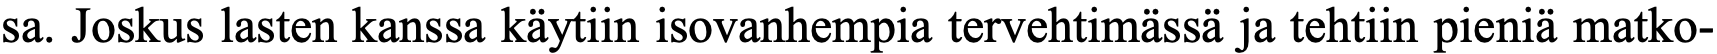
sa. Joskus lasten kanssa käytiin isovanhempia tervehtimässä ja tehtiin pieniä matko-